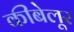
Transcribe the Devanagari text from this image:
कीबेलूर